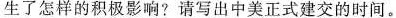
生了怎样的积极影响?请写出中美正式建交的时间。